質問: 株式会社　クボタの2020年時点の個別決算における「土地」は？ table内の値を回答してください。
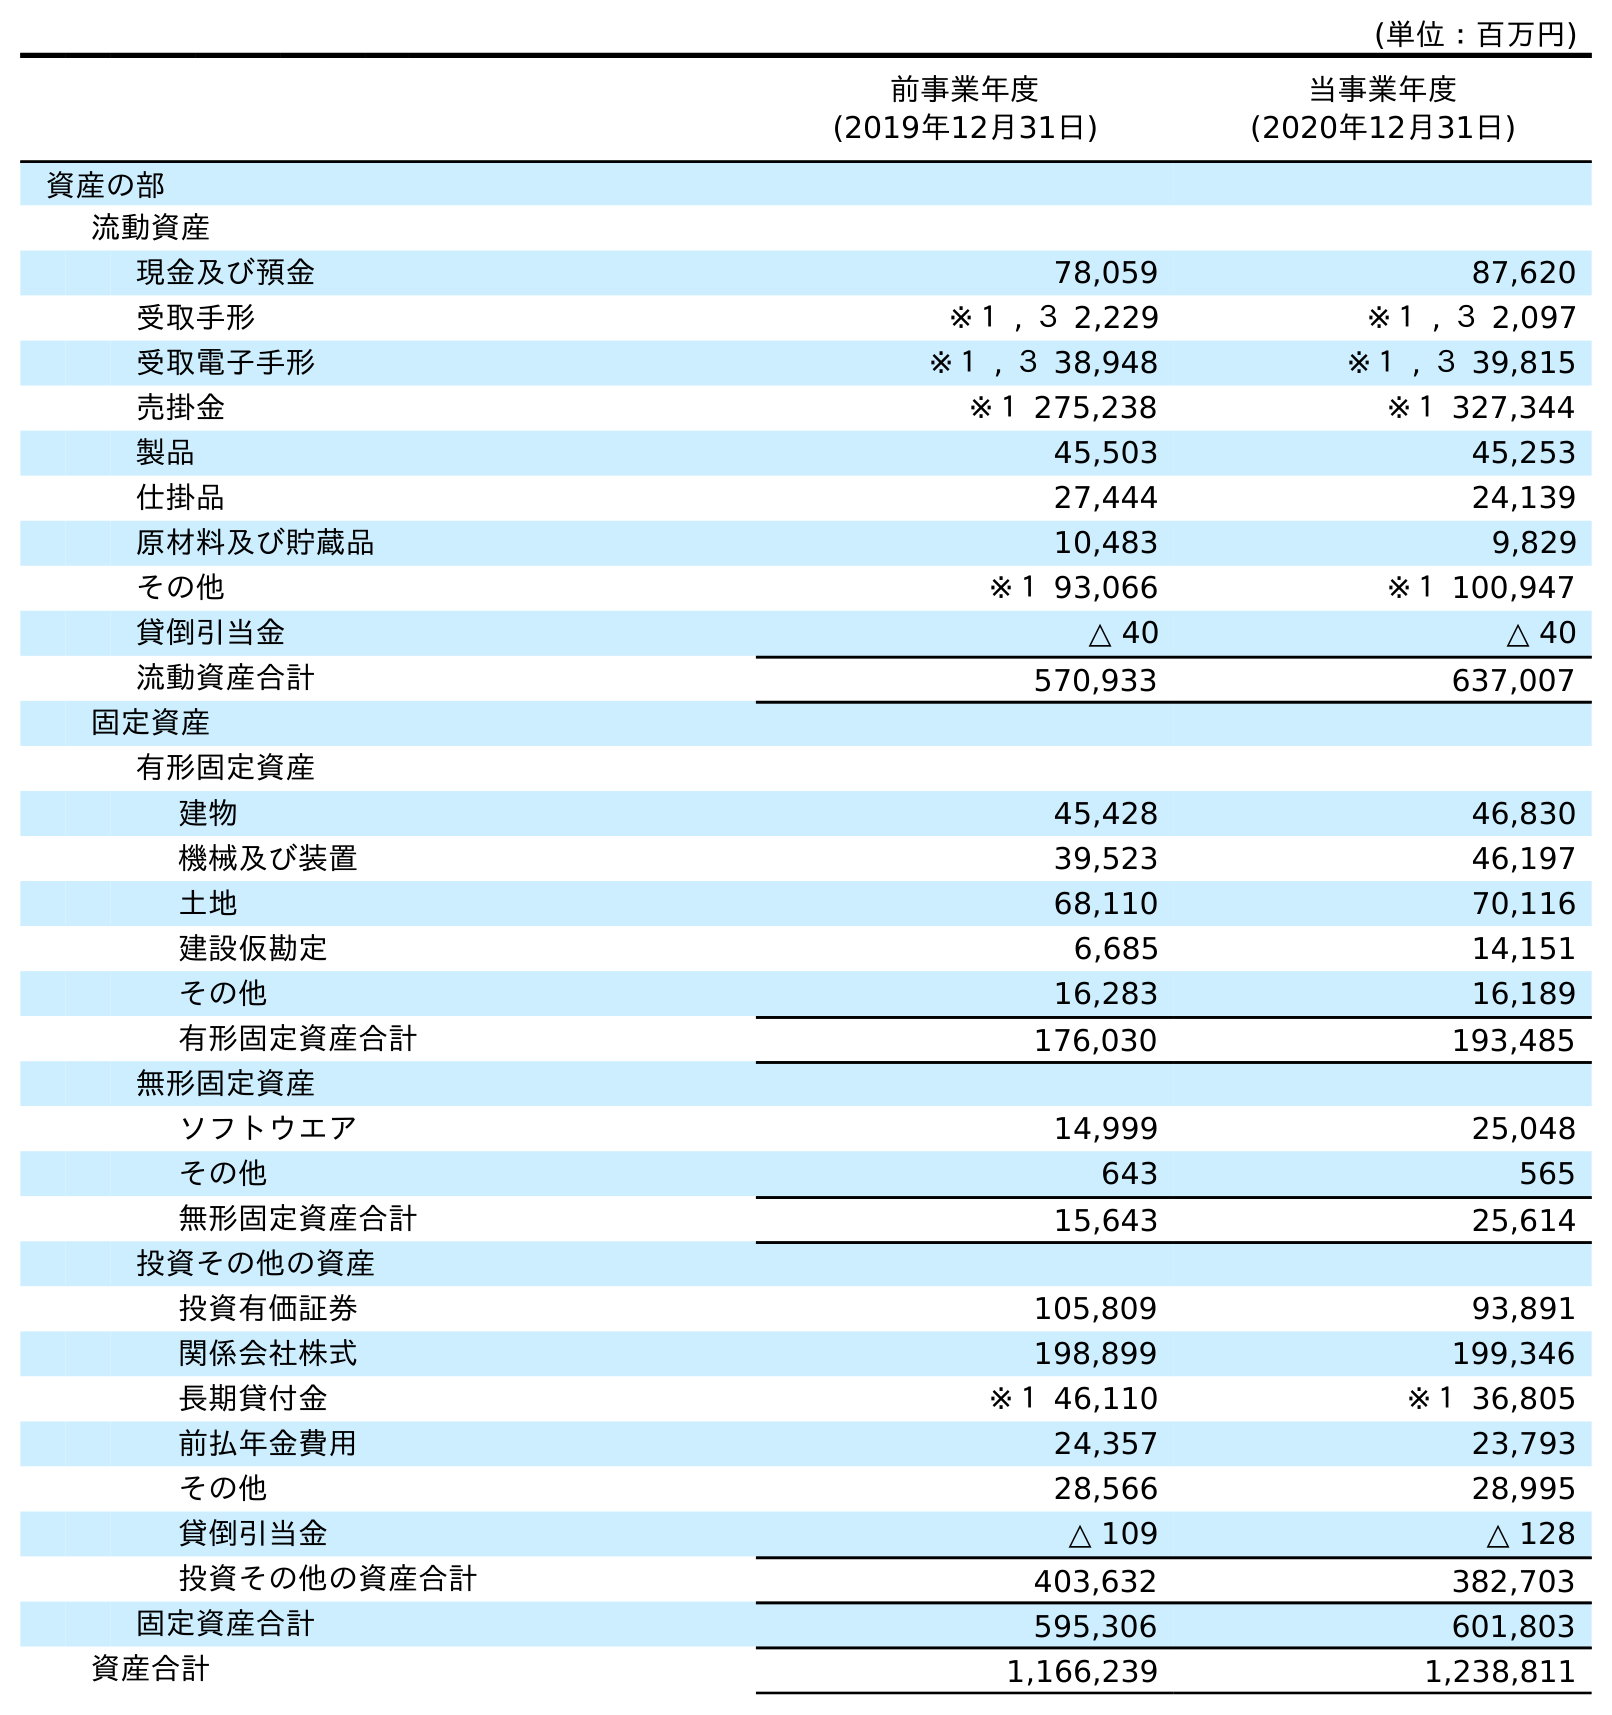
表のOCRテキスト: (単位：百万円) 前事業年度 (2019年12月31日) 当事業年度 (2020年12月31日) 資産の部 流動資産 現金及び預金 78,059 87,620 受取手形 ※１ , ３ 2,229 ※１ , ３ 2,097 受取電子手形 ※１ , ３ 38,948 ※１ , ３ 39,815 売掛金 ※１ 275,238 ※１ 327,344 製品 45,503 45,253 仕掛品 27,444 24,139 原材料及び貯蔵品 10,483 9,829 その他 ※１ 93,066 ※１ 100,947 貸倒引当金 △ 40 △ 40 流動資産合計 570,933 637,007 固定資産 有形固定資産 建物 45,428 46,830 機械及び装置 39,523 46,197 土地 68,110 70,116 建設仮勘定 6,685 14,151 その他 16,283 16,189 有形固定資産合計 176,030 193,485 無形固定資産 ソフトウエア 14,999 25,048 その他 643 565 無形固定資産合計 15,643 25,614 投資その他の資産 投資有価証券 105,809 93,891 関係会社株式 198,899 199,346 長期貸付金 ※１ 46,110 ※１ 36,805 前払年金費用 24,357 23,793 その他 28,566 28,995 貸倒引当金 △ 109 △ 128 投資その他の資産合計 403,632 382,703 固定資産合計 595,306 601,803 資産合計 1,166,239 1,238,811
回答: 70,116